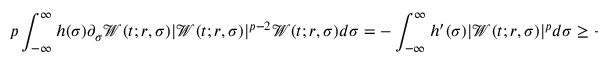
p \int _ { - \infty } ^ { \infty } h ( \sigma ) \partial _ { \sigma } \mathcal { W } ( t ; r , \sigma ) | \mathcal { W } ( t ; r , \sigma ) | ^ { p - 2 } \mathcal { W } ( t ; r , \sigma ) d \sigma = - \int _ { - \infty } ^ { \infty } h ^ { \prime } ( \sigma ) | \mathcal { W } ( t ; r , \sigma ) | ^ { p } d \sigma \geq - \| h ^ { \prime } \| _ { L ^ { \infty } } f _ { p } ( r ) ,